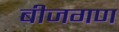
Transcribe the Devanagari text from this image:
बीजगण